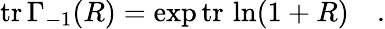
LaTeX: \mathrm{tr}\, \Gamma_{-1}(R)=\exp\mathrm{tr}\, \ln(1+R)\quad.